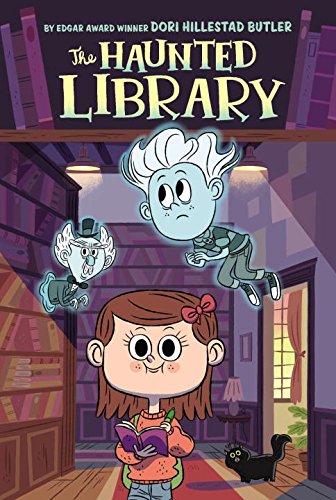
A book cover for The Haunted Library #1; Dori Hillestad Butler; Children's Books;